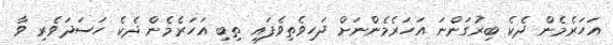
އަހަރެމެން ދެކެ ބިރުގަންނަ އަހަރެމެންނަށް ދަހިވެތިވެފައި ތިބި އަހަރެމެން ދެކެ ހަސަދަވެރި ވާ